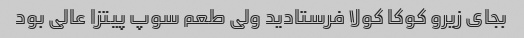
بجای زیرو کوکا کولا فرستادید ولی طعم سوپ پیتزا عالی بود